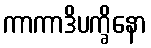
ကာကာဒိပက္ခိနော